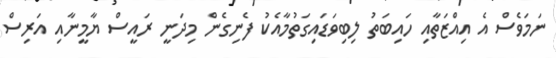
ނަމަވެސް އެ އިއްޒަތާއި ހައިބަތު ލިބިވަޑައިގަތުމާއެކު ފެނިގެން މިދަނީ ރައީސް ޔާމީނާއި އަރިސް